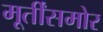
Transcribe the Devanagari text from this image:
मूर्तींसमोर